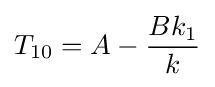
T_{10}=A-{\frac {Bk_{1}}{k}}